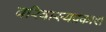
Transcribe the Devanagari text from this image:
बरिबास्यप्रकाश